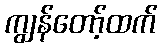
ကျွန်တော့်ထက်